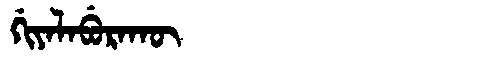
Manchu: ᡤᡳᠶᠠᠯᠠᠪᡠᡵᠠᡴᡡ
Romanization: GIYALABURAKŪ